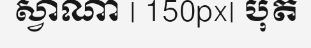
ស្វាណា | 150px| បុត